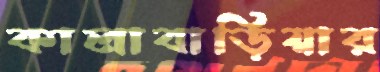
কালাবাড়িয়ার